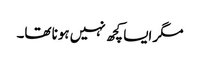
مگر ایسا کچھ نہیں ہونا تھا۔